Vaccination in Burma 1912-1922 - 1912-1922
Year: 1912
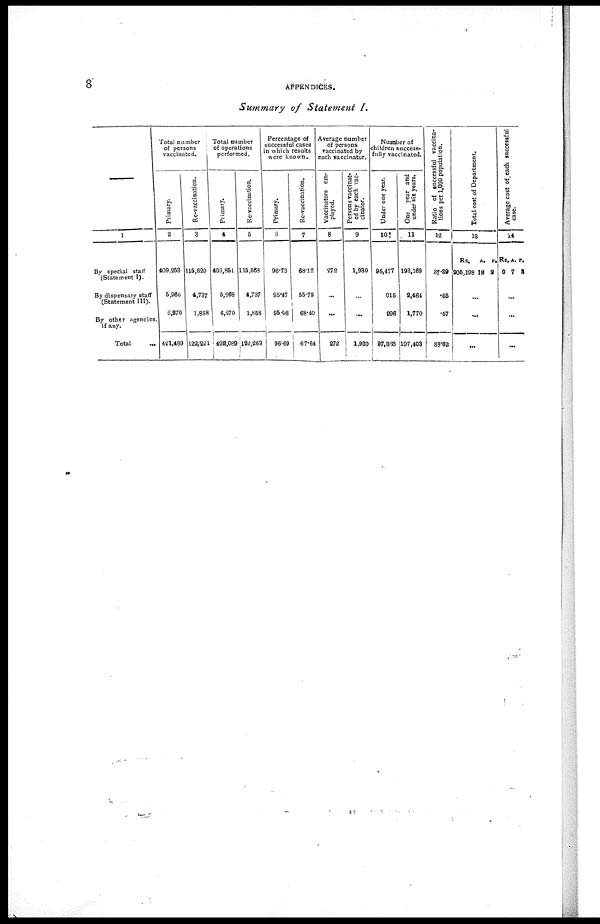
8
APPENDICES.
Summary of Statement I.
—
1
By special staff
(Statement I).
By dispensary staff
(Statement III).
By other agencies
if any.
Total
...
Total number
of persons
vaccinated.
Primary.
2
409,253
5,966
6,270
421,489
Re-vaccination.
3
115,629
4,737
1,858
122,224
Total number
of operations
performed.
Primary.
4
409,851
5,968
6,270
422,089
Re-vaccination.
5
115,663
4,737
1,858
122,263
Percentage of
successful cases
in which results
were known.
Primary.
6
96.73
95.47
95.08
96.69
Re-vaccination.
7
68.12
55.79
68.40
67.64
Average number
of persons
vaccinated by
each vaccinator.
Vaccinators em-
ployed.
8
272
...
...
272
Persons vaccinat-
ed by each vac-
cinator.
9
1,930
...
1,930
Number of
children success-
fully vaccinated.
Under one year.
10
95,477
915
996
97,388
One year and
under six years.
11
193,169
2,464
1,770
197,403
Ratio of successful vaccina-
tions per 1,000 population.
12
37.39
.65
.57
38.62
Total cost of Department.
13
Rs.
205,198
A.
12
P.
2
...
...
...
Aver age cost of each successful
case.
14
Rs.
0
A.
7
P.
8
...
...
...